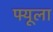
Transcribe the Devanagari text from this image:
फ्यूला